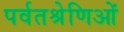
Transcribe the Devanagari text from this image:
पर्वतश्रेणिओं